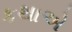
કથાએ